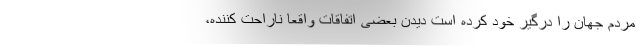
مردم جهان را درگیر خود کرده است دیدن بعضی اتفاقات واقعا ناراحت کننده،